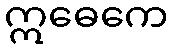
ဣဓေကေ